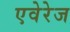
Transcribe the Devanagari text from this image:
एवेरेज